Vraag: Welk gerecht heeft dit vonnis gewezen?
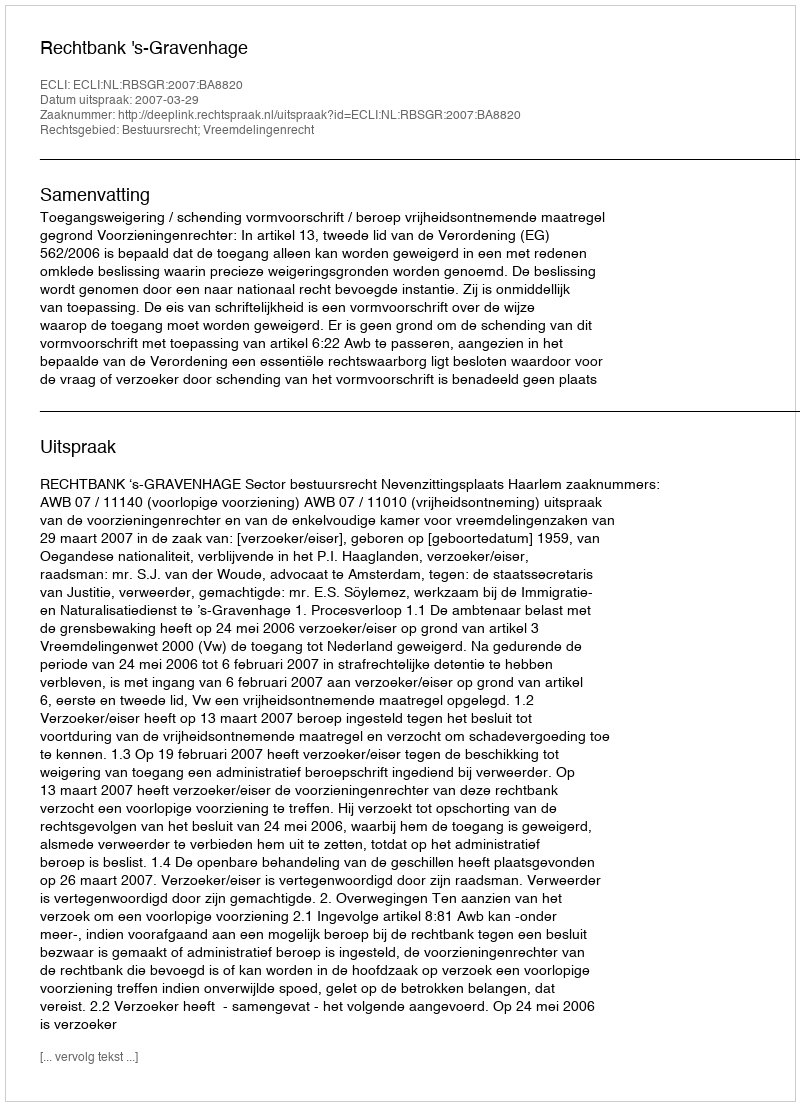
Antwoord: Rechtbank 's-Gravenhage